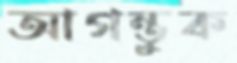
আগন্তুক